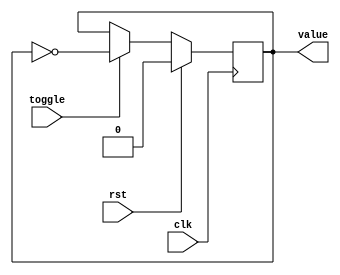
module toggle_ff(input wire clk,
						input wire rst,
						input wire toggle,
						output reg value);
always @(posedge clk)
begin
	if (rst == 1)
		value <= 0;
	else if (toggle == 1)
		value <= ~value;
end
endmodule